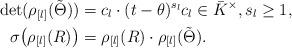
LaTeX: \begin{align*}\det(\rho_{[l]}(\tilde{\Theta})) & =c_l\cdot (t-\theta)^{s_l} c_l\in \bar{K}^\times, s_l\geq 1,\\\sigma\bigl(\rho_{[l]}(R)\bigr) & = \rho_{[l]}(R)\cdot \rho_{[l]}(\tilde{\Theta}).\end{align*}